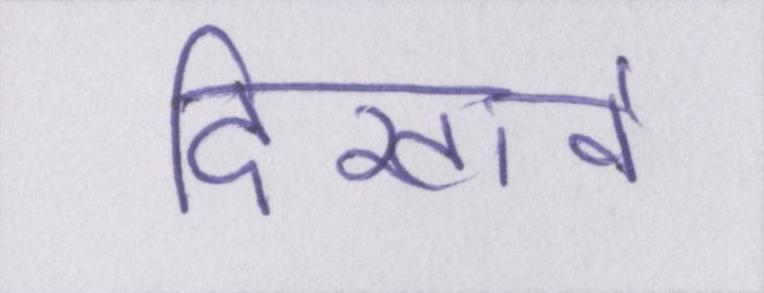
दिखावे